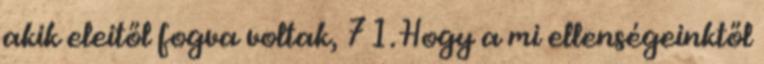
akik eleitől fogva voltak, 71. Hogy a mi ellenségeinktől